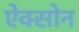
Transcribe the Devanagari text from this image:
ऐक्सोन